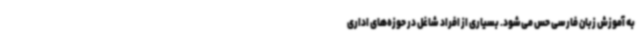
به آموزش زبان فارسی حس می‌شود. بسیاری از افراد شاغل در حوزه‌های اداری